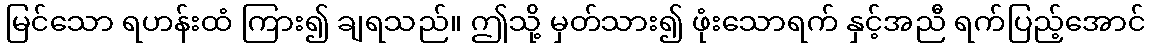
မြင်သော ရဟန်းထံ ကြား၍ ချရသည်။ ဤသို့ မှတ်သား၍ ဖုံးသောရက် နှင့်အညီ ရက်ပြည့်အောင်